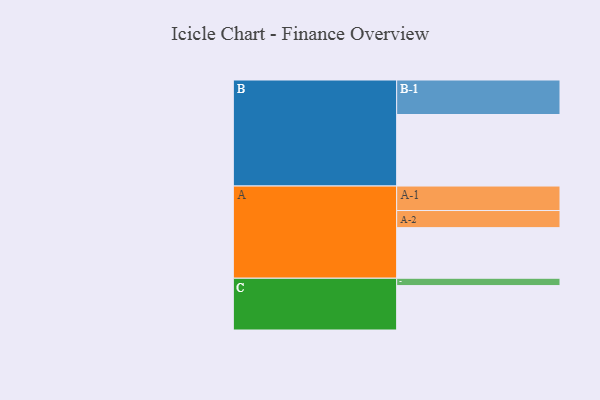
{"axis": {"x": "Segment", "y": "Value"}, "legend": ["", "A", "B", "C"], "data": [{"x": "A", "y": 399, "type": ""}, {"x": "B", "y": 564, "type": ""}, {"x": "C", "y": 350, "type": ""}, {"x": "A-1", "y": 193, "type": "A"}, {"x": "A-2", "y": 135, "type": "A"}, {"x": "B-1", "y": 272, "type": "B"}, {"x": "C-1", "y": 58, "type": "C"}]}